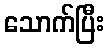
သောက်ပြီး